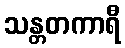
သန္တတကာရီ